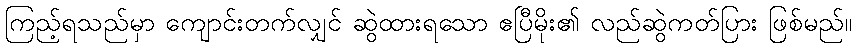
ကြည့်ရသည်မှာ ကျောင်းတက်လျှင် ဆွဲထားရသော ဧပြီမိုး၏ လည်ဆွဲကတ်ပြား ဖြစ်မည်။